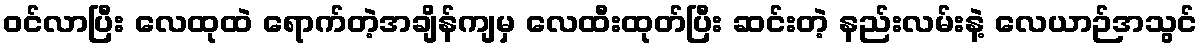
ဝင်လာပြီး လေထုထဲ ရောက်တဲ့အချိန်ကျမှ လေထီးထုတ်ပြီး ဆင်းတဲ့ နည်းလမ်းနဲ့ လေယာဉ်အသွင်